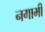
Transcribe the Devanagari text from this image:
नगामी